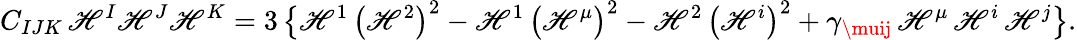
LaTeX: C_{IJK}\, \mathscr{H}^{I}\mathscr{H}^{J}\mathscr{H}^{K}=3\left\{ \mathscr{H}^{1}\, \big(\mathscr{H}^{2}\big)^{2}-\mathscr{H}^{1}\, \big(\mathscr{H}^{\mu}\big)^{2}-\mathscr{H}^{2}\, \big(\mathscr{H}^{i}\big)^{2}+\gamma_{\muij}\, \mathscr{H}^{\mu}\, \mathscr{H}^{i}\, \mathscr{H}^{j}\right\} .